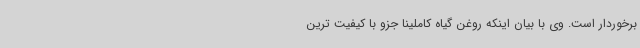
برخوردار است. وی با بیان اینکه روغن گیاه کاملینا جزو با کیفیت ترین